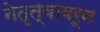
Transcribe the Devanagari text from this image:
नेतृत्वावरून